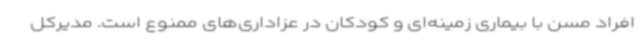
افراد مسن با بیماری زمینه‌ای و کودکان در عزاداری‌های ممنوع است. مدیرکل